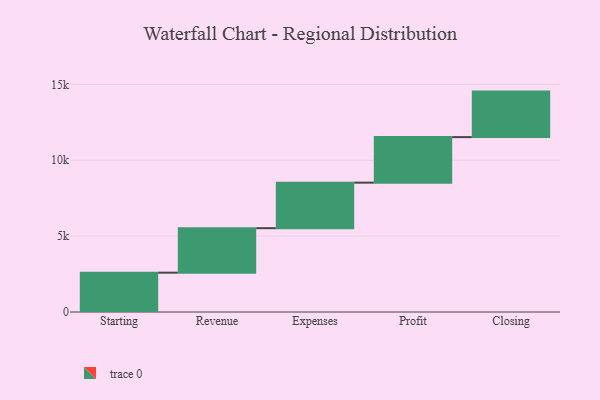
{"axis": {"x": "Step", "y": "Value"}, "legend": [""], "data": [{"x": "Starting", "y": 2591.0, "type": ""}, {"x": "Revenue", "y": 2933.0, "type": ""}, {"x": "Expenses", "y": 3000, "type": ""}, {"x": "Profit", "y": 3000, "type": ""}, {"x": "Closing", "y": 3000, "type": ""}]}